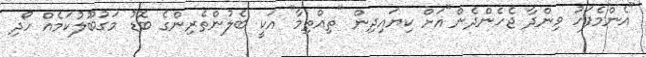
"އެންމެފަހު ވިންދާ ޖެހެންދެން"އަށް ކިޔައިދިން "ތިއްތިމާ" އަކީ ބެލުންތެރިންގެ ބޮޑު މަގުބޫލުކަމެއް ހޯދި